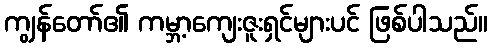
ကျွန်တော်၏ ကမ္ဘာ့ကျေးဇူးရှင်များပင် ဖြစ်ပါသည်။